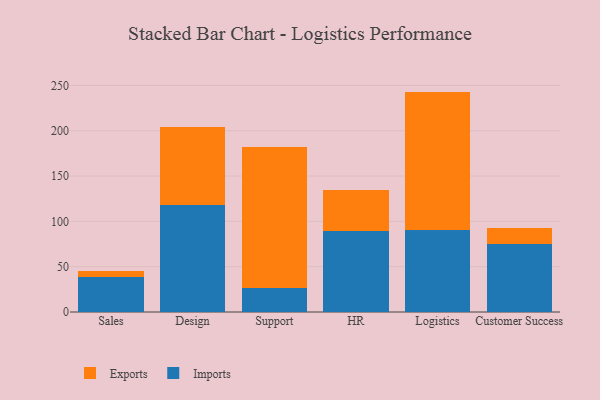
{"axis": {"x": "Department", "y": "Temperature (°C)"}, "legend": ["Exports", "Imports"], "data": [{"x": "Sales", "y": 38.6, "type": "Imports"}, {"x": "Sales", "y": 6.4, "type": "Exports"}, {"x": "Design", "y": 118.3, "type": "Imports"}, {"x": "Design", "y": 85.8, "type": "Exports"}, {"x": "Support", "y": 26.8, "type": "Imports"}, {"x": "Support", "y": 155.7, "type": "Exports"}, {"x": "HR", "y": 88.9, "type": "Imports"}, {"x": "HR", "y": 45.5, "type": "Exports"}, {"x": "Logistics", "y": 90.7, "type": "Imports"}, {"x": "Logistics", "y": 152.5, "type": "Exports"}, {"x": "Customer Success", "y": 75.4, "type": "Imports"}, {"x": "Customer Success", "y": 17.7, "type": "Exports"}]}